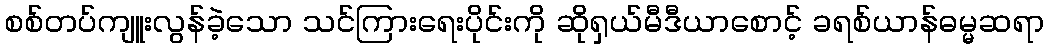
စစ်တပ်ကျူးလွန်ခဲ့သော သင်ကြားရေးပိုင်းကို ဆိုရှယ်မီဒီယာစောင့် ခရစ်ယာန်ဓမ္မဆရာ